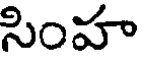
సింహ